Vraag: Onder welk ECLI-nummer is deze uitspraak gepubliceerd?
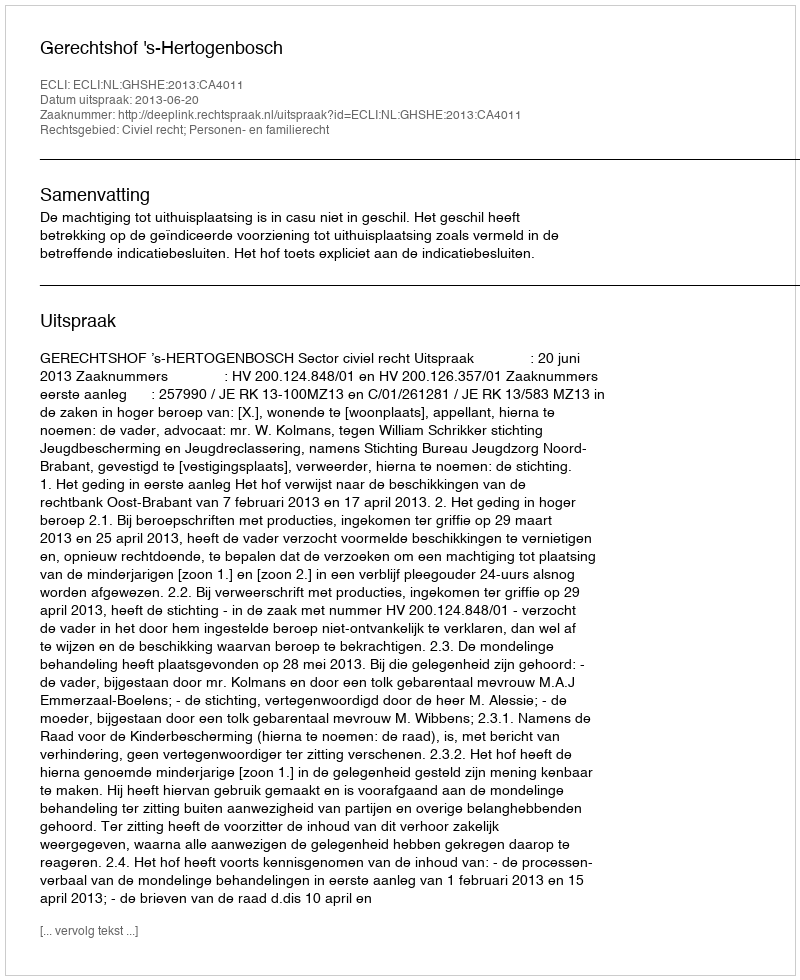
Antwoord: ECLI:NL:GHSHE:2013:CA4011